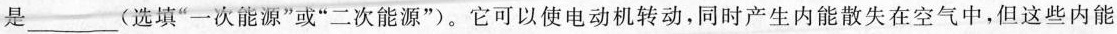
是___ (选填”一次能源”或”二次能源”)。它可以使电动机转动，同时产生内能散失在空气中，但这些内能